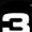
Digit: 3